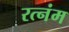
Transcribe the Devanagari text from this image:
रत्नंम